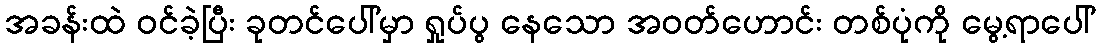
အခန်းထဲ ဝင်ခဲ့ပြီး ခုတင်ပေါ်မှာ ရှုပ်ပွ နေသော အဝတ်ဟောင်း တစ်ပုံကို မွေ့ရာပေါ်